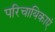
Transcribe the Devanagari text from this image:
परिचायिकाएं